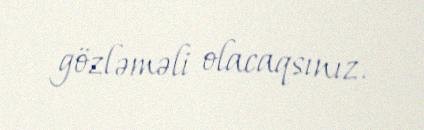
gözləməli olacaqsınız.